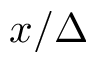
x / \Delta